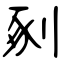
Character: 剢